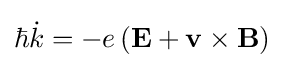
\hbar {\dot {k}}=-e\left(\mathbf {E} +\mathbf {v} \times \mathbf {B} \right)